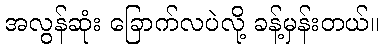
အလွန်ဆုံး ခြောက်လပဲလို့ ခန့်မှန်းတယ်။